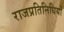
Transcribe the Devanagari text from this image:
राजप्रतिनिधियों